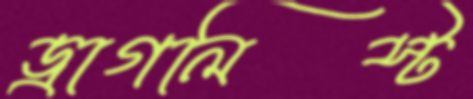
ড্রাগলিস্ট